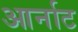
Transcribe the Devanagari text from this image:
आर्नाट